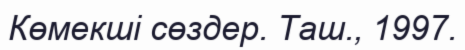
Көмекші сөздер. Таш., 1997.